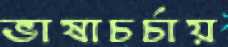
ভাষাচর্চায়